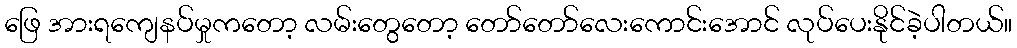
ဖြေ အားရကျေနပ်မှုကတော့ လမ်းတွေတော့ တော်တော်လေးကောင်းအောင် လုပ်ပေးနိုင်ခဲ့ပါတယ်။